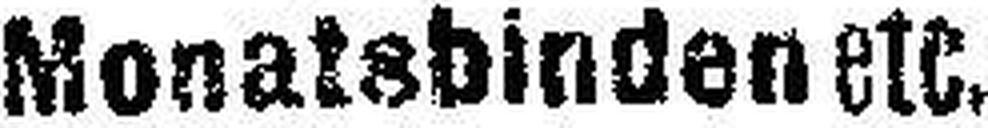
Monatsbinden etc.